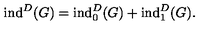
\mathrm { i n d } ^ { D } ( G ) = \mathrm { i n d } _ { 0 } ^ { D } ( G ) + \mathrm { i n d } _ { 1 } ^ { D } ( G ) .